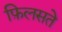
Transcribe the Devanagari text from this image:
फ़िलसते